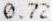
0.72